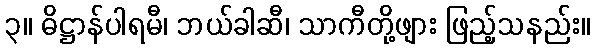
၃။ ဓိဋ္ဌာန်ပါရမီ၊ ဘယ်ခါဆီ၊ သာကီတို့ဖျား ဖြည့်သနည်း။